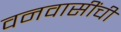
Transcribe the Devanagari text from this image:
वनवासींची